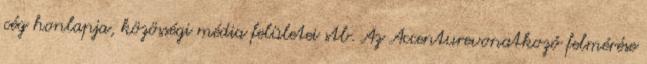
cég honlapja, közösségi média felületei stb. Az Accenturevonatkozó felmérése